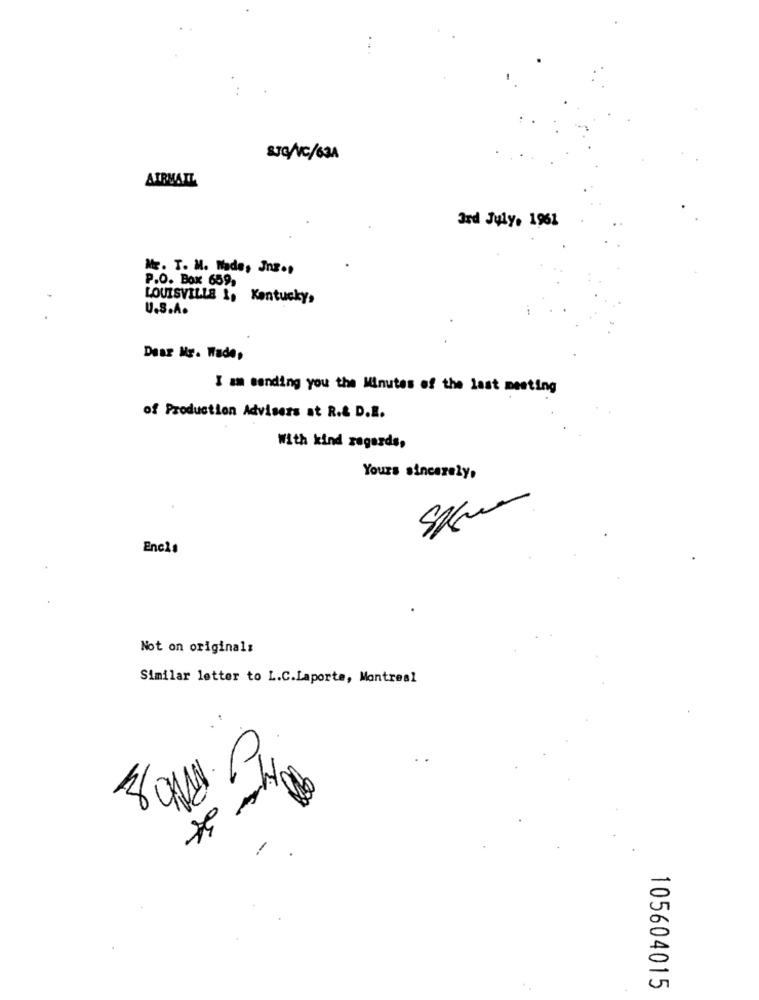
SJG/VC/63A
AIRMAIL
3rd July, 1961
Mr. T. M. Hade, Jnz .,
P.O. Box 659,
LOUISVILLE 1, Kentucky,
U.S.A.
Dear Mr. Wade,
I am sending you the Minutes of the last meeting
of Production Advisers at R.& D.E.
With kind regards,
Yours sincerely,
Encie
Not on original:
Similar letter to L.C.Laporte, Montreal
10
105604015